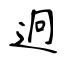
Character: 迥